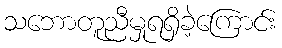
သဘောတူညီမှုရရှိခဲ့ကြောင်း